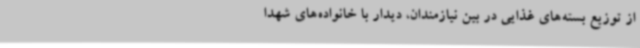
از توزیع بسته‌های غذایی در بین نیازمندان، دیدار با خانواده‌های شهدا